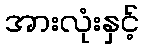
အားလုံးနှင့်